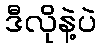
ဒီလိုနဲ့ပဲ